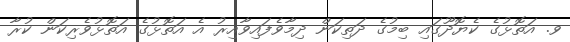
ވ. އަތޮޅުގެ ކެޔޮދޫގައި ބިމުގެ ދަތިކަން ދިމާވެފައިވާއިރު އެ އަތޮޅުގެ އަތޮޅުވެރިކަން ކުރާ